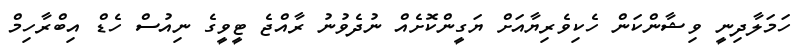
ހަމަލާދިނީ ވިޝާންކަން ހެކިވެރިޔާއަށް ޔަގީންކޮށެއް ނުދެވުނު ރާއްޖެ ޓީވީގެ ނިއުސް ހެޑް އިބްރާހިމް